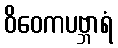
ဝိဝေကပဗ္ဘာရံ